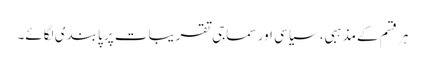
ہر قسم کےمذہبی، سیاسی اور سماجی تقریبات پر پابندی لگائے۔